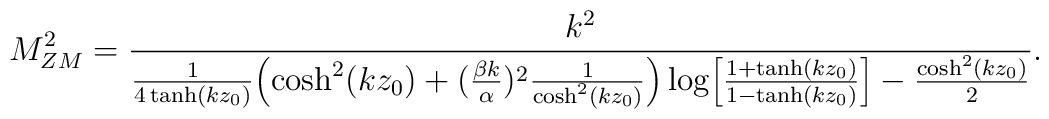
M_{ZM}^2 = \frac{k^2}{\frac{1}{4\tanh(kz_0)}\Bigl(\cosh^2(kz_0)+(\frac{\beta k}{\alpha})^2\frac{1}{\cosh^2(kz_0)}\Bigr)\log\Bigl[\frac{1+\tanh(kz_0)}{1-\tanh(kz_0)}\Bigr]-\frac{\cosh^2(kz_0)}{2}}.